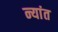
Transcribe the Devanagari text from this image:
न्यांत